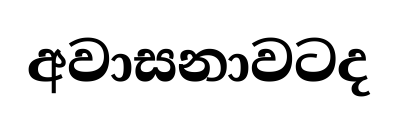
අවාසනාවටද